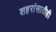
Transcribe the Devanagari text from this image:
शहरांसाठीही